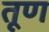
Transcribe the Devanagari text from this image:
तूण